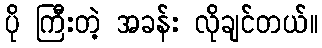
ပို ကြီးတဲ့ အခန်း လိုချင်တယ်။